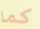
كما